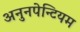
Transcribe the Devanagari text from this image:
अनुनपेन्टियम